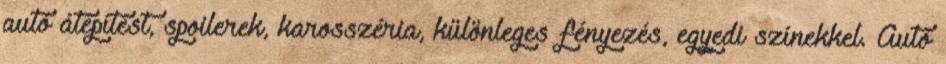
autó átépítést, spoilerek, karosszéria, különleges fényezés, egyedi színekkel. Autó